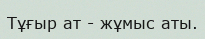
Тұғыр ат - жұмыс аты.